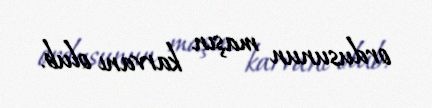
ordusunun maşın karvanı olub.